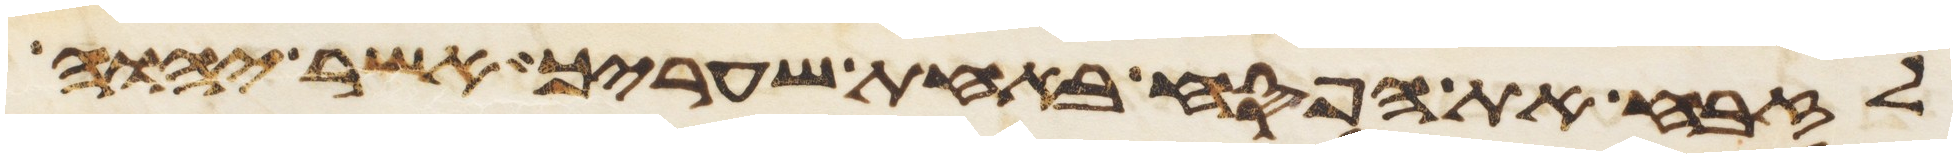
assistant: לזבח את הפסח באחת שעריך אשר יהוה